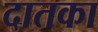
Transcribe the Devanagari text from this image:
दातका